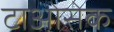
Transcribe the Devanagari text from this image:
टाओसेक